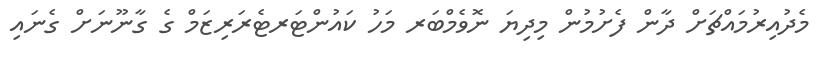
މެދުއިރުމައްޗަށް ދާން ފެށުމުން މިދިޔަ ނޮވެމްބަރ މަހު ކައުންޓަރޓެރަރިޒަމް ގެ ގާނޫނަށް ގެނައި